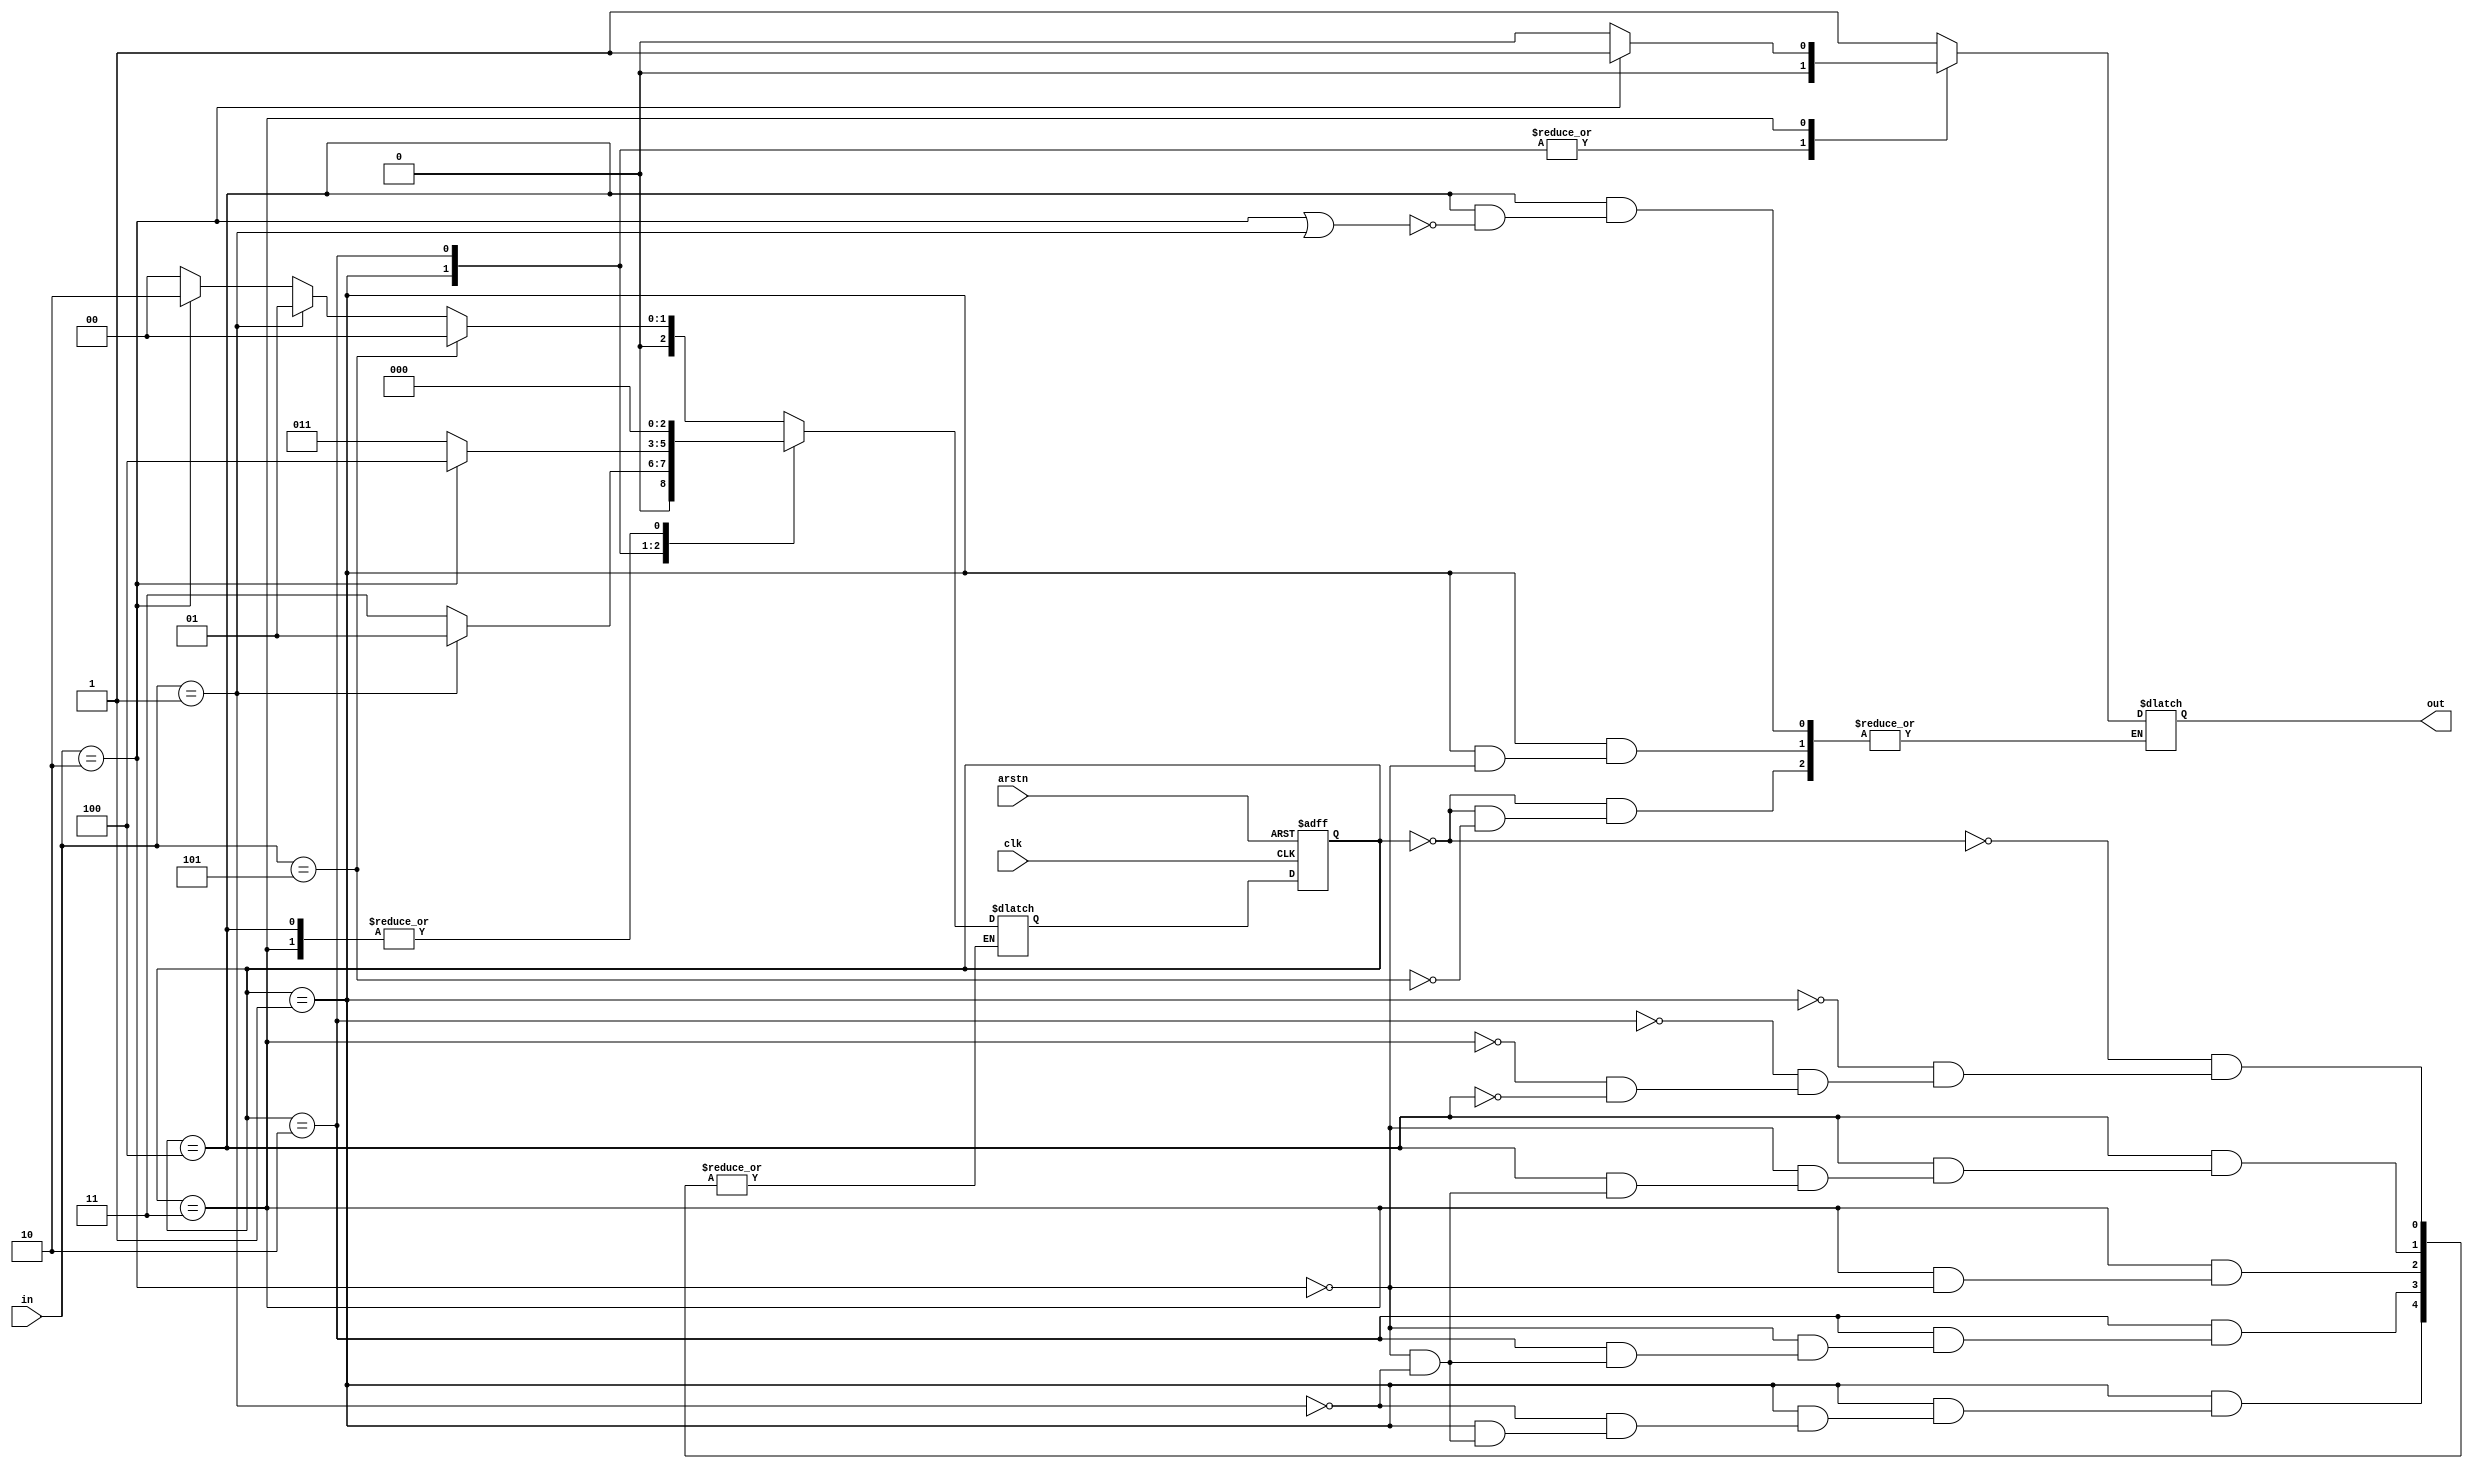
`timescale 1ns / 1ps
//////////////////////////////////////////////////////////////////////////////////
// Company: 
// Engineer: 
// 
// Design Name: 
// Module Name: fsm_vending
// Project Name: 
// Target Devices: 
// Tool Versions: 
// Description: 
// 
// Dependencies: 
// 
// Revision:
// Revision 0.01 - File Created
// Additional Comments:
// 
//////////////////////////////////////////////////////////////////////////////////


module fsm_vending(input [2:0] in , input clk,arstn,output reg out);

parameter Idle=0,s1=1,s2=2,s3=3,s4=4;
reg [2:0] c_state,n_state;
reg count = 0;
 always @(posedge clk , negedge arstn)
    begin
        if(~arstn)  c_state<=Idle;
        else
            c_state<=n_state;
    end
    
 always @(*)
    begin
        case(c_state)
            Idle : begin
                    if(in == 3'b101)
                        n_state=Idle;
                    else if(in ==3'b001)
                        n_state = s1;
                    else if(in ==3'b010)
                        n_state = s2;
                    else
                        n_state = Idle;
                   end
            s1 :   begin
                    if(count == 3'b010) 
                        begin
                            n_state = Idle;
                            count = 0;
                        end
                    else if (in == 3'b001) 
                        begin
                            n_state = s1;
                            count = count +1;
                        end
                    else if (in == 3'b010)
                        n_state = s3;
                   end
            s2 : begin
                    if(in == 3'b010)
                        n_state = s4;
                    else if(in == 3'b001)
                        n_state = s3;
                 end
                 
            s3 : begin 
                    if(in == 3'b010) 
                        n_state = Idle;
                    
                 end
            s4 : begin
                    if(in == 3'b010) n_state = Idle;
                    else if(in == 3'b001) n_state = Idle;
                 end          
        endcase
    
    end
    
 always @(*)
    begin
       case(c_state)
         Idle : begin
                    if(in == 3'b101)
                        out = 1; 
                 end
         s1  :  begin
                  if(in == 3'b010)
                    out = 0;  
                end
         s2  :  begin
                  out = 0;  
                end      
         s3  :  begin
                  if (in == 3'b010)
                     out = 1;  
                  else 
                     out = 0;                  
                end 
         s4  :  begin
                  if(in == 3'b010 || in == 3'b001)
                    out = 1;
                    
                end
         default : out = 'hz; 
        endcase  
    end
endmodule